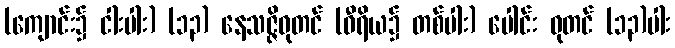
(ကျောင်း၌ ငါးပါး) (၁၃) နေသဇ္ဇိဓုတင် (ဝီရိယ၌ တစ်ပါး) ပေါင်း ဓုတင် (၁၃)ပါး